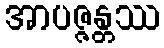
အာပဇ္ဇန္တဿ